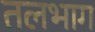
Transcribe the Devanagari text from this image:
तलभाग